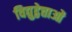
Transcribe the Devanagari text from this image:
विद्युद्वेत्ताओं